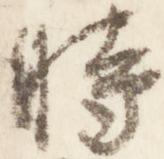
時